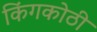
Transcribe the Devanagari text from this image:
किंगकोठी